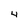
Character: 4